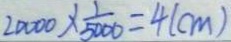
2 0 0 0 0 \times \frac { 1 } { 5 0 0 0 } = 4 ( c m )